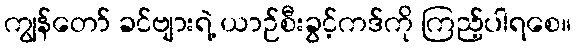
ကျွန်တော် ခင်ဗျားရဲ့ ယာဉ်စီးခွင့်ကဒ်ကို ကြည့်ပါရစေ။